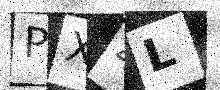
Text: PX4L